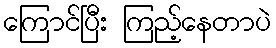
ကြောင်ပြီး ကြည့်နေတာပဲ